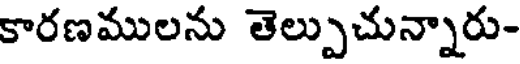
కారణములను తెల్పుచున్నారు-